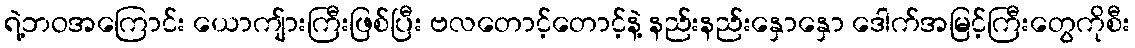
ရဲ့ဘဝအကြောင်း ယောကျ်ားကြီးဖြစ်ပြီး ဗလတောင့်တောင့်နဲ့ နည်းနည်းနှောနှော ဒေါက်အမြင့်ကြီးတွေကိုစီး